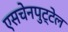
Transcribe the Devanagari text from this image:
एसचेनपुट्टेल